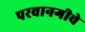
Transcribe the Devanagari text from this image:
परवानगीचे